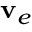
\mathbf { v } _ { e }